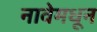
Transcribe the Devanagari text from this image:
नावेमधून